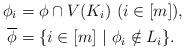
LaTeX: \begin{align*}\phi_i &= \phi \cap V(K_i) \ (i \in [m]), \\\overline{\phi} &=\{i \in [m] \ |\ \phi_i \notin L_i \}.\end{align*}